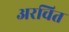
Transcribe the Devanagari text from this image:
अरचित